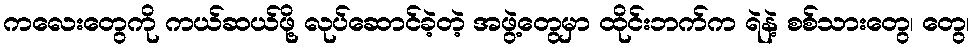
ကလေးတွေကို ကယ်ဆယ်ဖို့ လုပ်ဆောင်ခဲ့တဲ့ အဖွဲ့တွေမှာ ထိုင်းဘက်က ရဲနဲ့ စစ်သားတွေ၊ တွေ၊